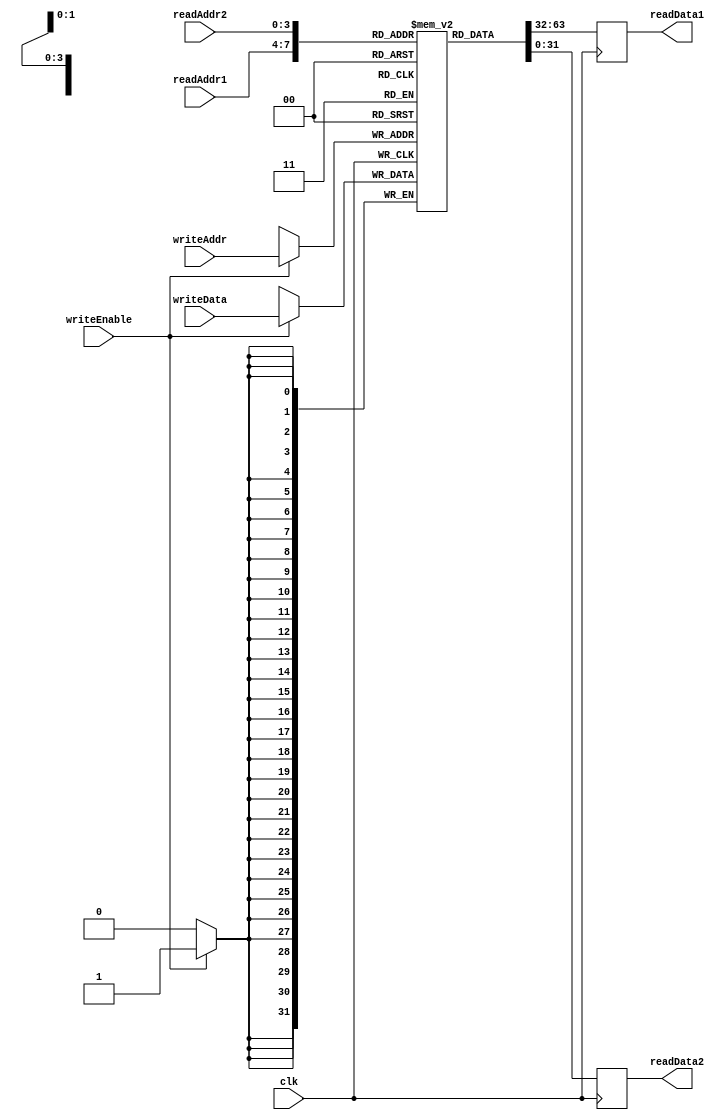
module RegisterFile (
  input wire [3:0] readAddr1,
  input wire [3:0] readAddr2,
  input wire [3:0] writeAddr,
  input wire writeEnable,
  input wire clk,
  input wire [31:0] writeData,
  output reg [31:0] readData1,
  output reg [31:0] readData2
);

reg [31:0] registers [0:15];

always @(posedge clk) begin
  if (writeEnable) begin
    registers[writeAddr] <= writeData;
  end
  readData1 <= registers[readAddr1];
  readData2 <= registers[readAddr2];
end

endmodule